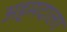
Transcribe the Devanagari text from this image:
अहमदाला